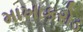
માખાકરોડ